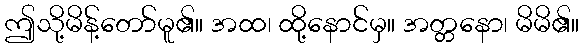
ဤသို့မိန့်တော်မူ၏။ အထ၊ ထို့နောင်မှ။ အတ္တနော၊ မိမိ၏။